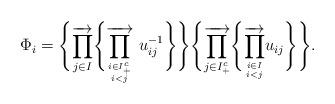
LaTeX: \begin{align*} \Phi_i= \Biggl\{ \overrightarrow{\prod_{j \in I}} \Biggl\{ \overrightarrow{\prod_{i \in I_{+}^{c} \atop i < j}}~u_{ij}^{-1} \Biggr\} \Biggr\} \Biggl\{\overrightarrow{\prod_{j \in I_{+}^{c}}}\Biggl\{ \overrightarrow{\prod_{i \in I \atop i < j }} u_{ij} \Biggr\} \Biggr\}.\end{align*}